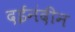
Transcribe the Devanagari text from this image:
दईनंदीन